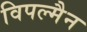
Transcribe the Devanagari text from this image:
विपल्मैन